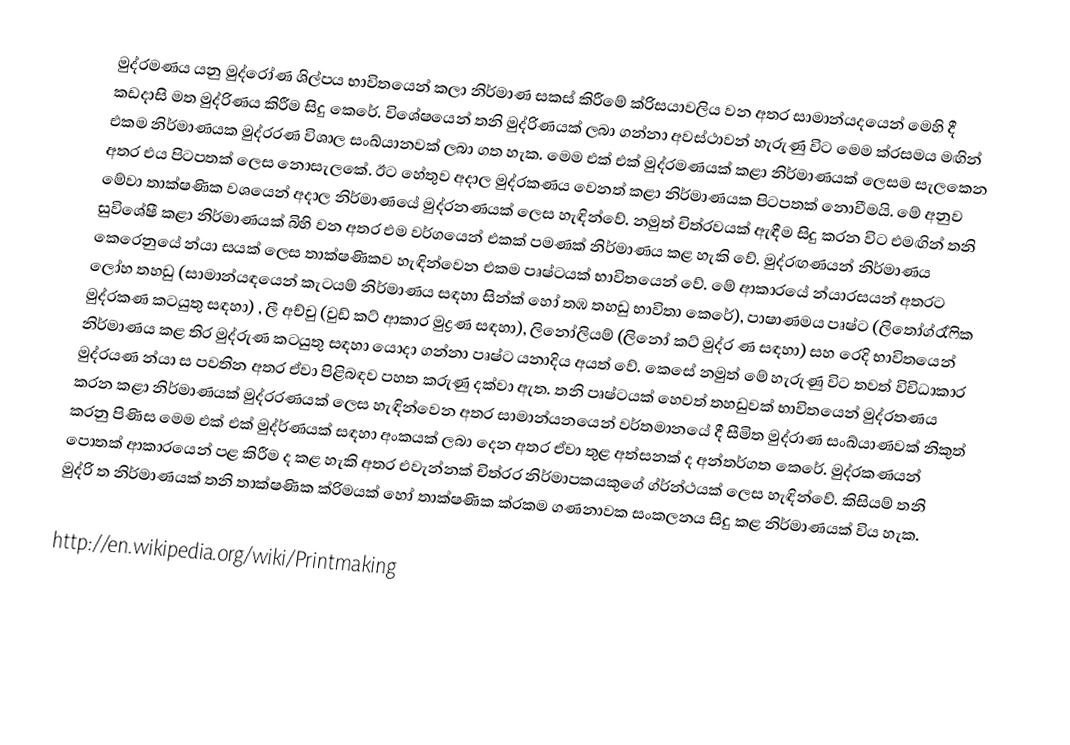
මුද්රමණය යනු මුද්රෝණ ශිල්පය භාවිතයෙන් කලා නිර්මාණ සකස් කිරීමේ ක්රිසයාවලිය වන අතර සාමාන්යදයෙන් මෙහි දී කඩදාසි මත මුද්රිණය කිරීම සිදු කෙරේ. විශේෂයෙන් තනි මුද්රිණයක් ලබා ගන්නා අවස්ථාවන් හැරුණු විට මෙම ක්රසමය මඟින් එකම නිර්මාණයක මුද්රරණ විශාල සංඛ්යානවක් ලබා ගත හැක. මෙම එක් එක් මුද්රමණයක් කළා නිර්මාණයක් ලෙසම සැලකෙන අතර එය පිටපතක් ලෙස නොසැලකේ. ඊට හේතුව අදාල මුද්රකණය වෙනත් කළා නිර්මාණයක පිටපතක් නොවීමයි. මේ අනුව මේවා තාක්ෂණික වශයෙන් අදාල නිර්මාණයේ මුද්රනණයක් ලෙස හැඳින්වේ. නමුත් චිත්රවයක් ඇඳීම සිදු කරන විට එමඟින් තනි සුවිශේෂී කළා නිර්මාණයක් බිහි වන අතර එම වර්ගයෙන් එකක් පමණක් නිර්මාණය කළ හැකි වේ. මුද්රඟණයන් නිර්මාණ‍ය‍ කෙ‍රෙනුයේ න්යා සයක් ලෙස තාක්ෂණිකව හැඳින්වෙන එකම පෘෂ්ටයක් භාවිතයෙන් වේ. මේ ආකාරයේ න්යාරසයන් අතරට ලෝහ තහඩු (සාමාන්යඳයෙන් කැටයම් නිර්මාණය සඳහා සින්ක් ‍හෝ තඹ තහඩු භාවිතා කෙරේ), පාෂාණමය පෘෂ්ට (ලිතෝග්රැ්ෆික මුද්රකණ කටයුතු සඳහා) , ලී අච්චු (වුඩ් කට් ආකාර මුද්‍රණ සඳහා), ලිනෝලියම් (ලිනෝ කට් මුද්ර ණ සඳහා) සහ රෙදි භාවිතයෙන් නිර්මාණය කළ තිර මුද්රුණ කටයුතු සඳහා යොදා ගන්නා පෘෂ්ට යනාදිය  අයත් වේ. කෙසේ නමුත් මේ හැරුණු විට තවත් විවිධාකාර මුද්රයණ න්යා ස පවතින අතර ඒවා පිළිබඳව පහත කරුණු දක්වා ඇත. තනි පෘෂ්ටයක් හෙවත් තහඩුවක් භාවිතයෙන් මුද්රතණය කරන කළා නිර්මාණයක් මුද්රරණයක් ලෙස හැඳින්වෙන අතර සාමාන්යනයෙන් වර්තමානයේ දී සීමිත මුද්රාණ සංඛ්යාණවක් නිකුත් කරනු පිණිස මෙම එක් එක් මුද්ර්ණයක් සඳහා අංකයක් ලබා දෙන අතර ඒවා තුළ අත්සනක් ද අන්තර්ගත කෙරේ. මුද්රකණයන් පොතක් ආකාරයෙන් පළ කිරීම ද කළ හැකි අතර එවැන්නක් චිත්රර නිර්මාපකයකුගේ ග්ර්න්ථයක් ලෙස හැඳින්වේ. කිසියම් තනි මුද්රි ත නිර්මාණයක් තනි තාක්ෂණික ක්රිමයක් හෝ තාක්ෂණික ක්රකම ගණනාවක සංකලනය සිදු කළ නිර්මාණයක් විය හැක.

http://en.wikipedia.org/wiki/Printmaking